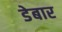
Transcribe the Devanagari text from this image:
डेबार